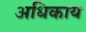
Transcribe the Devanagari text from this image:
अधिकाय